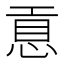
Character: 𢜊